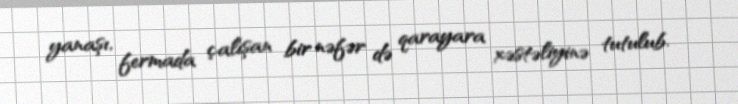
yanaşı, fermada çalışan bir nəfər də qarayara xəstəliyinə tutulub.